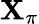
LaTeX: \mathbf{X}_{\pi}